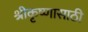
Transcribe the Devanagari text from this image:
श्रीकृष्णासाठी